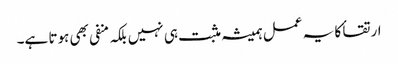
ارتقا ٔکا یہ عمل ہمیشہ مثبت ہی نہیں بلکہ منفی بھی ہوتا ہے۔